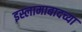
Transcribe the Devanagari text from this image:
इस्लामाबादच्या